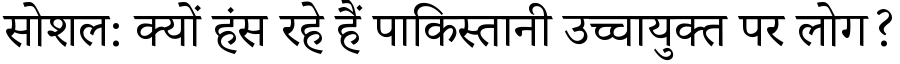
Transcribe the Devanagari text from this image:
सोशल: क्यों हंस रहे हैं पाकिस्तानी उच्चायुक्त पर लोग?